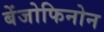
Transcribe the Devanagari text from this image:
बेंजोफिनोन